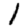
Digit: 1